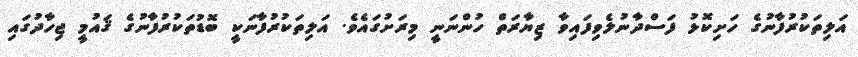
އަލިތަކުރުފާނުގެ ހަށިކޮޅު ފަސްދާނުލެވިފައިވާ ޒިޔާރަތް ހުންނަނީ މިރަށުގައެވެ. އަލިތަކުރުފާނަކީ ބޮޑުތަކުރުފާނުގެ ޤައުމީ ޖިހާދުގައި